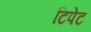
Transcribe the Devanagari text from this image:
टिपेट